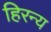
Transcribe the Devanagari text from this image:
हिरन्य